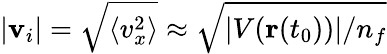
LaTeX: |\textbf{v}_{i}|=\sqrt{\langle v_{x}^{2}\rangle}\approx\sqrt{|V({\textbf{r}}(t_{0}))|/n_{f}}